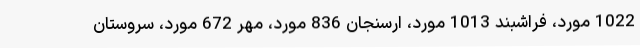
1022 مورد، فراشبند 1013 مورد، ارسنجان 836 مورد، مهر 672 مورد، سروستان